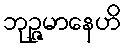
ဘုဉ္ဇမာနေဟိ